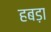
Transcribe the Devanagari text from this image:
हबड़ा